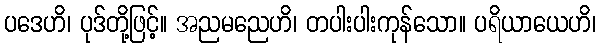
ပဒေဟိ၊ ပုဒ်တို့ဖြင့်။ အညမညေဟိ၊ တပါးပါးကုန်သော။ ပရိယာယေဟိ၊